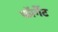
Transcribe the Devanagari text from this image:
फॉर्गेट